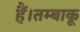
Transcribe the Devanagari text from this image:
हैं।तम्बाकू